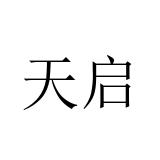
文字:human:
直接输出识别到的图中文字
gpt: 天启